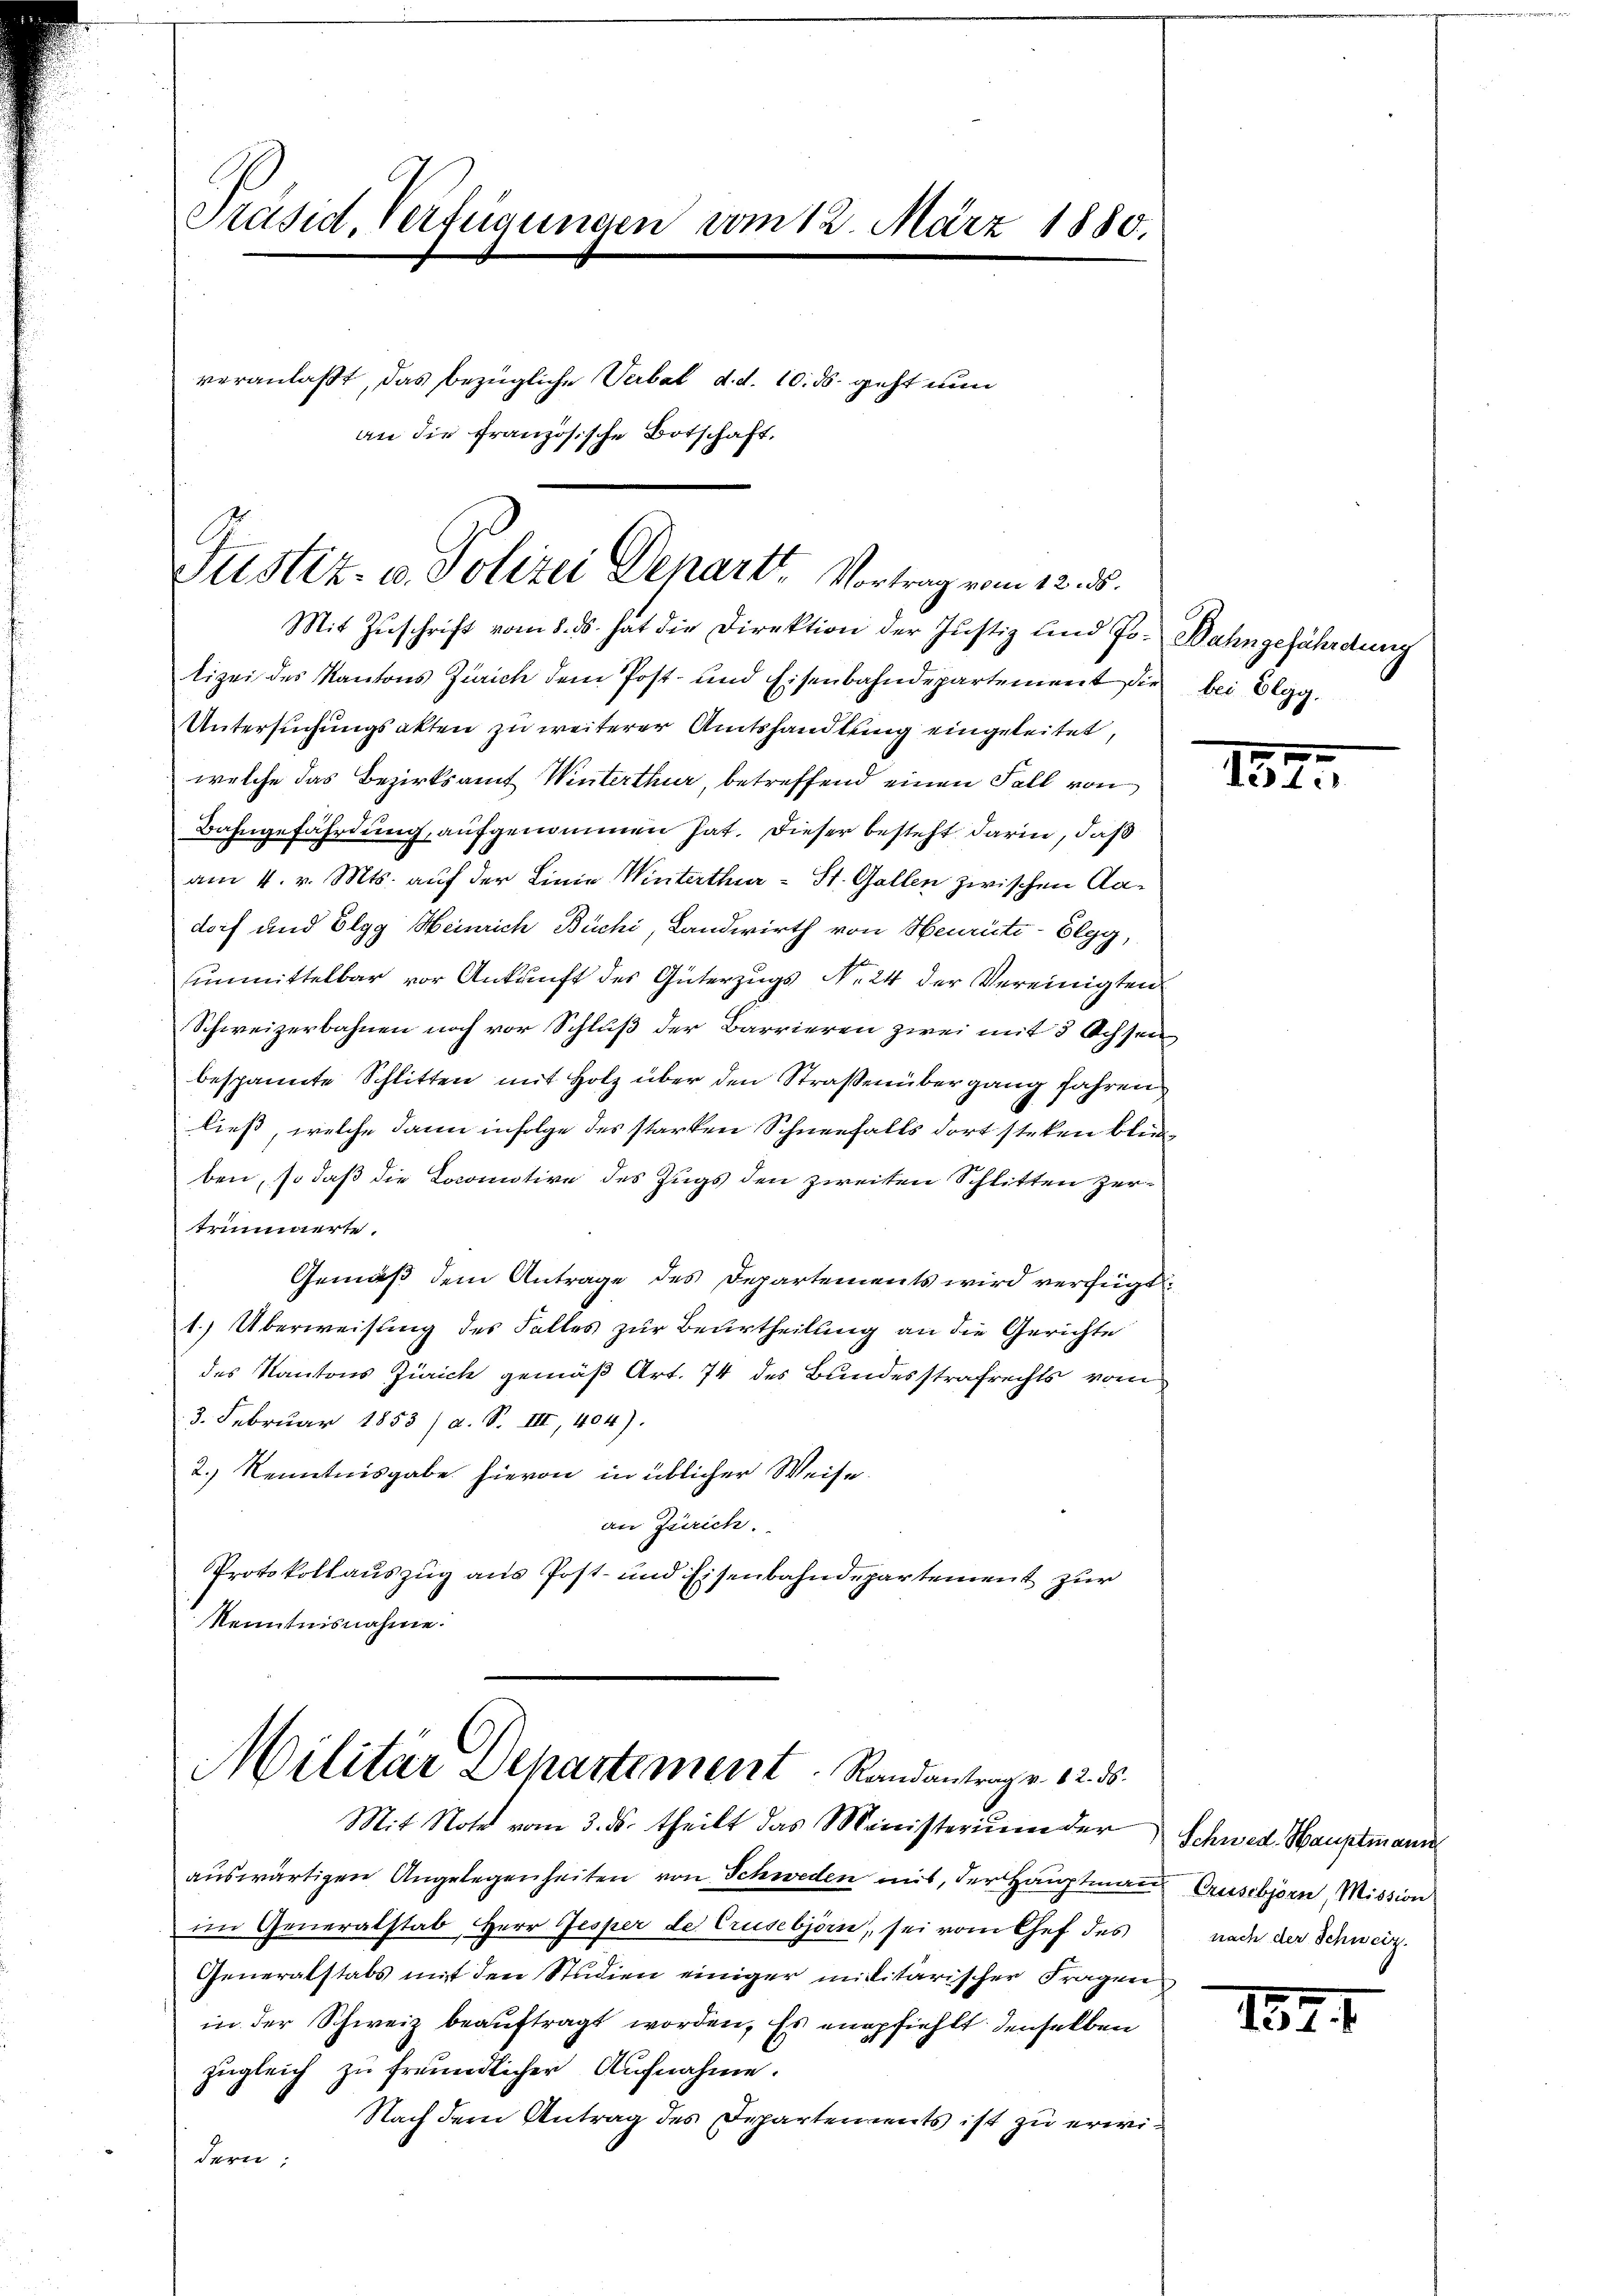
Präsid, Verfügungen vom 12. März 1880.
veranlaßt, das bezügliche Verbal d. d. 10. ds. geht nun
schaft.
an die französische

Justiz- u. Polizei Depart, Vortrag vom 12. ds.

Mit Zŭschrift vom 8. ds. hat die Direktion der Justiz und Jo- Bahngefährdung
lizei des Kantons Zürich dem Post- und Eisenbahndepartement die bei Elgg.
Untersuchungsakten zu weiterer Amtshandlung eingeleitet,
welche das Bezirksamt Winterthur, betreffend einen Fall von
Bahngefährdung, aufgenommen hat. Dieser besteht darin, daß
am 4. v. Mts. auf der Linie Winterthur - St. Gallen zwischen Aadorf und Elgg Heinrich Büchi, Landwirth von Heurüti-Elgg,
unmittelbar vor Ankunft des Güterzugs N. 24 der Vereinigten
Schweizerbahnen noch vor Schluß der Barrieren zwei mit 5 Achsen
bespannte Schlitten mit Holz über den Straßenübergang Jahren
ließ, welche dann infolge des starken Schneefalls dort stehen blieben, so daß die Locomotive des Zugs den zweiten Schlitten zertrinnerte.
Gemäß dem Antrage des Departements wird verfügt:
1.) Überweisung des Falles zur Beurtheilung an die Gerichte
des Kantons Zürich gemäß Art. 74 des Bundesstrafrechts vom
3. Februar 1853 / a. S. III, 404).
2.) Kenntnisgabe hievon in üblicher Weise.
an Zürich.
Protokollauszug aus Post- und Eisenbahndepartement zur
Kenntnisnahme.

Militär Departement. Randantrage. 12. 3.

Mit Note vom 3. ds. theilt das Ministerium der Schwed. Hauptmann
auswärtigen Angelegenheiten von Schweden mit, der Hauptmann Crusibjorn, Mission
im Generalstab, Herr Jesper der Crusebjörn, sei vom Gef des
Generalstabs mit den Studien einiger militärischer Fragen
in der Schweiz beauftragt worden. Es empfiehlt denselben
zugleich zu freundlicher Aufnahme.
Nach dem Antrag des Departements ist zu erwidern,

182.

nach der Schweiz.

1871